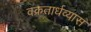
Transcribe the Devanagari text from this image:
वक्रतार्धव्यास